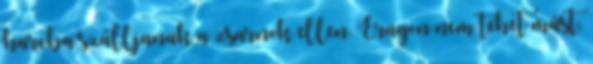
harcba szálljanak a zsarnok ellen. Eragon nem tehet mást,